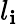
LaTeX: l_{\mathbf{i}}